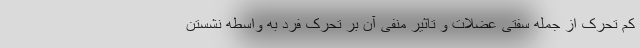
کم تحرک از جمله سفتی عضلات و تاثیر منفی آن بر تحرک فرد به واسطه نشستن